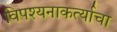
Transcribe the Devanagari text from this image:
विपश्यनाकर्त्याचा